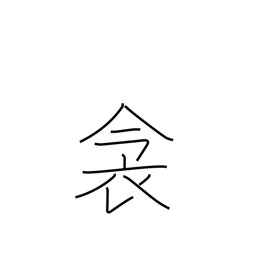
Meaning: bedding